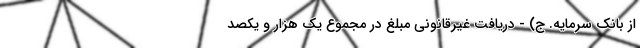
از بانک سرمایه. ج) - دریافت غیرقانونی مبلغ در مجموع یک هزار و یکصد